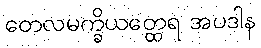
တေလမက္ခိယတ္ထေရ အပဒါန